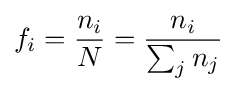
f_{i}={\frac {n_{i}}{N}}={\frac {n_{i}}{\sum _{j}n_{j}}}